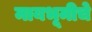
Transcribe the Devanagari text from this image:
मायभूमीचे